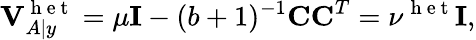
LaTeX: \mathbf{V}_{A|y}^{\mathrm{~h~e~t~}}=\mu\mathbf{I}-(b+1)^{-1}\mathbf{CC}^{T}=\nu^{\mathrm{~h~e~t~}}\mathbf{I},